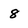
Character: 8